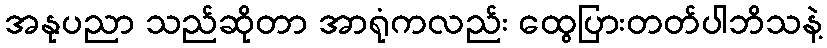
အနုပညာ သည်ဆိုတာ အာရုံကလည်း ထွေပြားတတ်ပါဘိသနဲ့